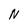
Character: N